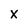
Character: X